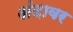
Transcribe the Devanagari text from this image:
अंदावर